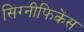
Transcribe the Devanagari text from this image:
सिग्नीफिकेंस